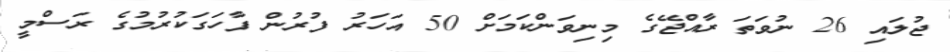
ޖުލައި 26 ނުވަތަ ރާއްޖޭގެ މިނިވަންކަމަށް 50 އަހަރު ފުރުން ފާހަގަކުރުމުގެ ރަަސްމީ